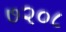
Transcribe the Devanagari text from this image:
७२०८